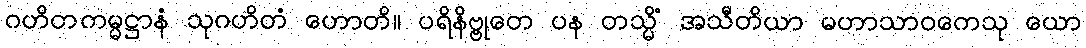
ဂဟိတကမ္မဋ္ဌာနံ သုဂဟိတံ ဟောတိ။ ပရိနိဗ္ဗုတေ ပန တသ္မိံ အသီတိယာ မဟာသာဝကေသု ယော